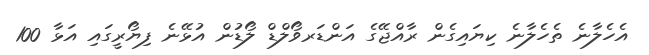
އެހެލާނެ ތެހެލާނެ ކިޔައިގެން ރާއްޖޭގެ އަންޑަރވޯލްޑް ލޯޑުން އުޅޭނެ ފިޔޯރީގައި އަޅާ 100